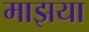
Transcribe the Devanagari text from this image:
माझया